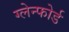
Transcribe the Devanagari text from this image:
ग्लेन्फोर्ड